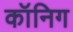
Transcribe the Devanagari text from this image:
कॉनिग